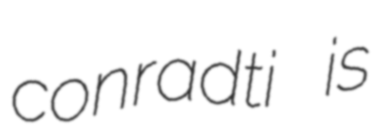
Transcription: conradti is